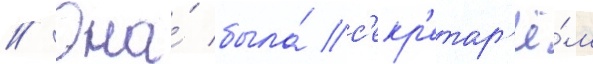
// Она́ была́ с'екр'етар'ё́м